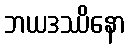
ဘယဒဿိနော